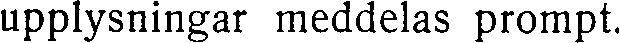
upplysningar meddelas prompt.